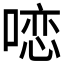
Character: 𱓽